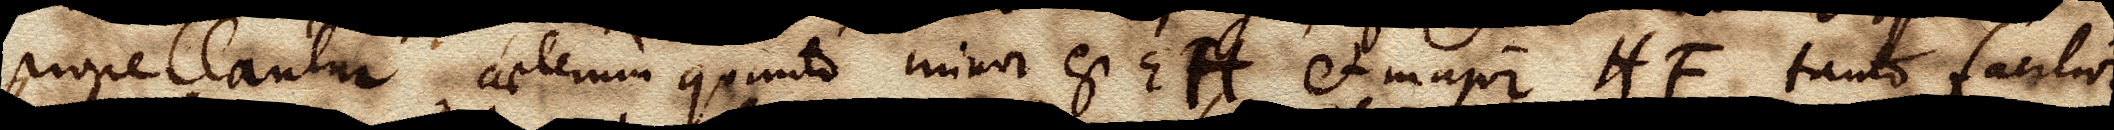
propellantur, caeterum quanto minor est EH et major HF tanto facilior